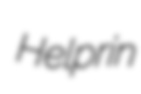
Helprin